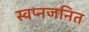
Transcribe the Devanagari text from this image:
स्वप्नजनित